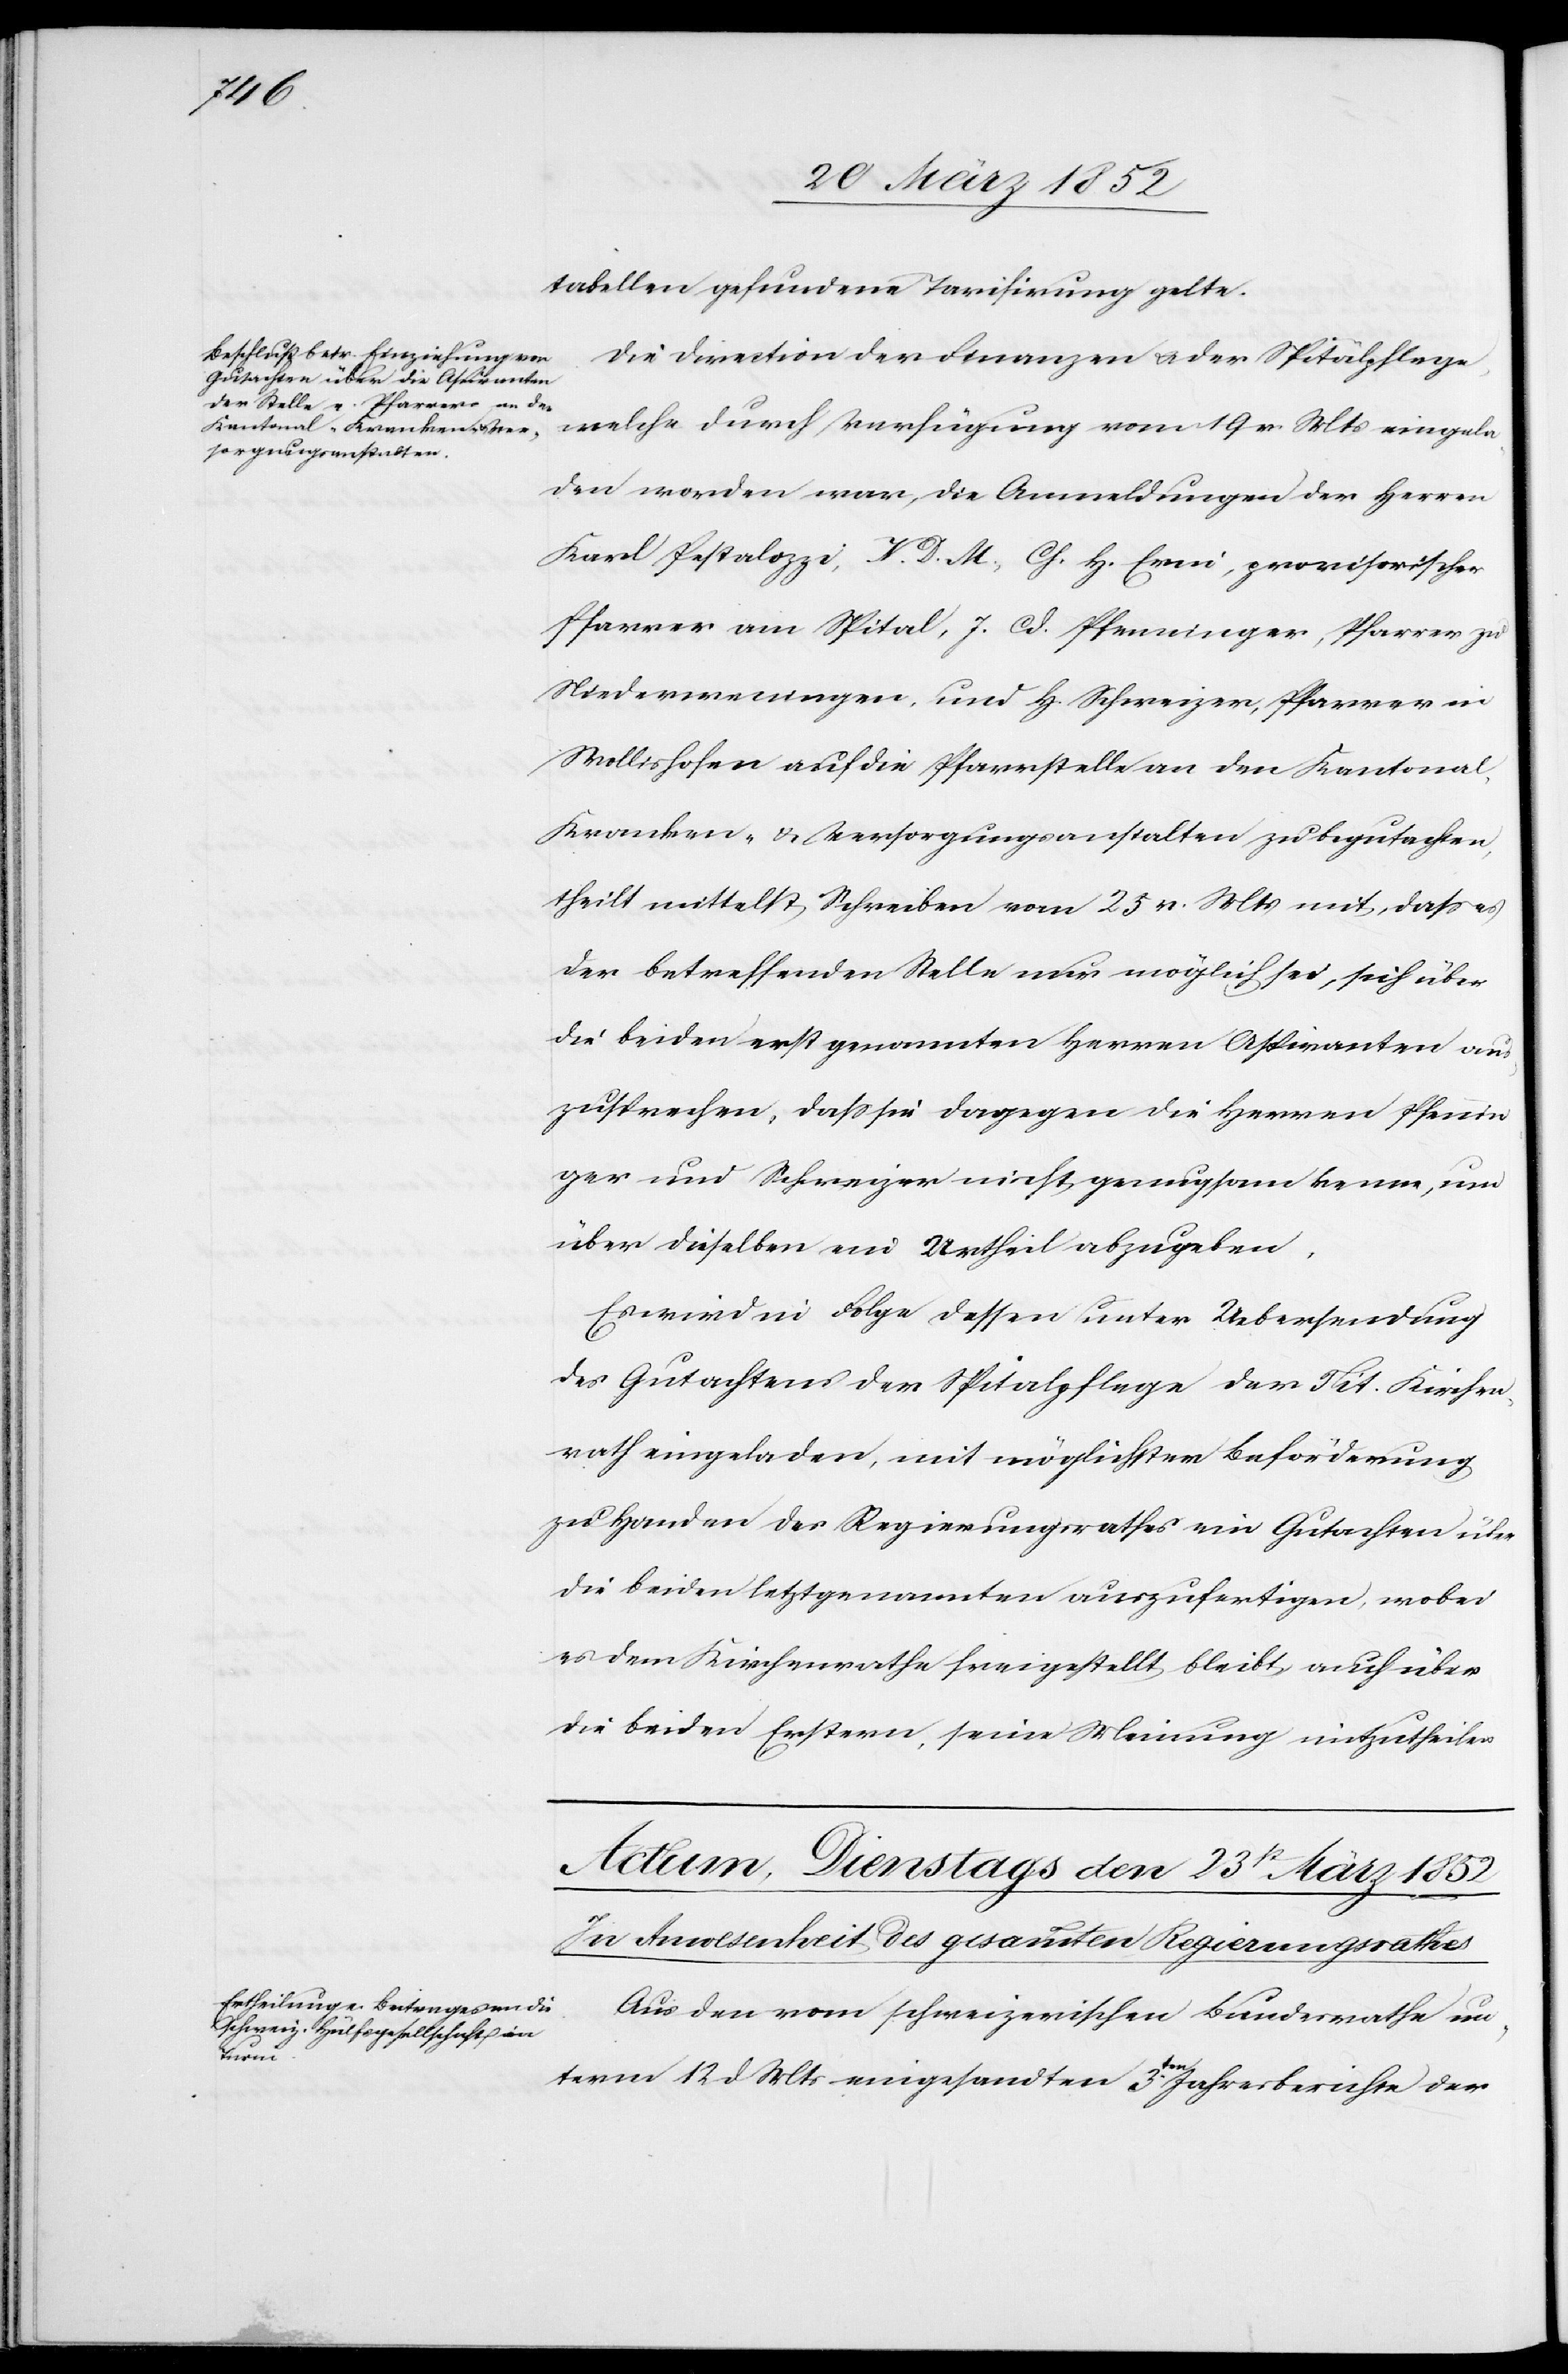
tabellen gefundene Tarifirung gelte.
Die Direction der Finanzen u. der Spitalpflege,
welche durch Verfügung vom 19 v. Mts eingela¬
den worden war, die Anmeldungen der Herren
Karl Pestalozzi, V. D. M., Ch. H. Erni, provisorischer
Pfarrer am Spital, J. Cd. Pfenninger, Pfarrer zu
Niederweningen und H. Schweizer, Pfarrer in
Wollishofen auf die Pfarrstelle an den Kantona¬
l-Kranken- u. Versorgungsanstalten zu begutachten,
theilt mittelst Schreiben vom 25 v. Mts mit, daß es
der betreffenden Stelle nur möglich sei, sich über
die beiden erst genannten Herren Aspiranten aus¬
zusprechen, daß sie dagegen die Herren Pfennin¬
ger und Schweizer nicht genugsam kenne, um
über dieselben ein Urtheil abzugeben.
Es wird in Folge dessen unter Uebersendung
des Gutachtens der Spitalpflege der Tit. Kirchen¬
rath eingeladen, mit möglichster Beförderung
zu Handen des Regierungsrathes ein Gutachten über
die beiden letztgenannten auszufertigen, wobei
es dem Kirchenrathe freigestellt bleibt auch über
die beiden Erstern, seine Meinung mitzutheilen.
Aus den vom schweizerischen Bundesrathe un¬
term 12 d Mts eingesandten 3ten Jahresberichte der